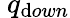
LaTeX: \ q_{\mathrm{d}own}